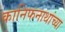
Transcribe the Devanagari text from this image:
कानिफनाथांच्या